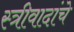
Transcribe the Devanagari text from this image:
स्त्रीवादांचे